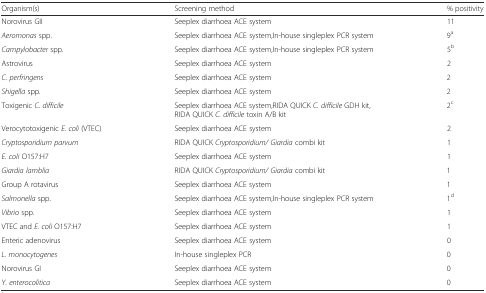
| Organism(s) | Screening method | % positivity |
 | --- | --- | --- |
 | Norovirus GII | Seeplex diarrhoea ACE system | 11 |
 | Aeromonas spp. | Seeplex diarrhoea ACE system,In-house singleplex PCR system | 9a |
 | Campylobacter spp. | Seeplex diarrhoea ACE system,In-house singleplex PCR system | 5b |
 | Astrovirus | Seeplex diarrhoea ACE system | 2 |
 | C. perfringens | Seeplex diarrhoea ACE system | 2 |
 | Shigella spp. | Seeplex diarrhoea ACE system | 2 |
 | Toxigenic C. difficile | Seeplex diarrhoea ACE system,RIDA QUICK C. difficile GDH kit, RIDA QUICK C. difficile toxin A/B kit | 2c |
 | Verocytotoxigenic E. coli (VTEC) | Seeplex diarrhoea ACE system | 2 |
 | Cryptosporidium parvum | RIDA QUICK Cryptosporidium/ Giardia combi kit | 1 |
 | E. coli O157:H7 | Seeplex diarrhoea ACE system | 1 |
 | Giardia lamblia | RIDA QUICK Cryptosporidium/ Giardia combi kit | 1 |
 | Group A rotavirus | Seeplex diarrhoea ACE system | 1 |
 | Salmonella spp. | Seeplex diarrhoea ACE system,In-house singleplex PCR system | 1d |
 | Vibrio spp. | Seeplex diarrhoea ACE system | 1 |
 | VTEC and E. coli O157:H7 | Seeplex diarrhoea ACE system | 1 |
 | Enteric adenovirus | Seeplex diarrhoea ACE system | 0 |
 | L. monocytogenes | In-house singleplex PCR | 0 |
 | Norovirus GI | Seeplex diarrhoea ACE system | 0 |
 | Y. enterocolitica | Seeplex diarrhoea ACE system | 0 |